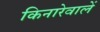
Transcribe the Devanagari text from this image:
किनारेवालें